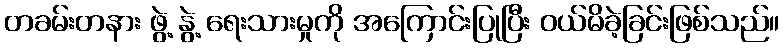
တခမ်းတနား ဖွဲ့ နွဲ့ ရေးသားမှုကို အကြောင်းပြုပြီး ဝယ်မိခဲ့ခြင်းဖြစ်သည်။